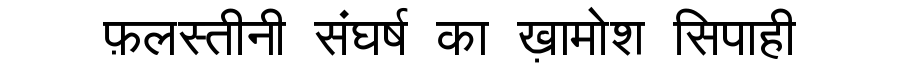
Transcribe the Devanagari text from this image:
फ़लस्तीनी संघर्ष का ख़ामोश सिपाही